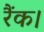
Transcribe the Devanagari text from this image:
रैंक।